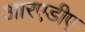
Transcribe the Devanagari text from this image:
आरएडीए